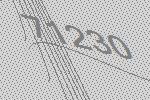
71230